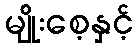
မျိုးစေ့နှင့်